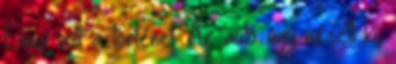
Ennyi volt a történet. Az autó úgy nézett ki,